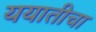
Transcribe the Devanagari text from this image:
ययातीचा